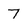
Character: 7